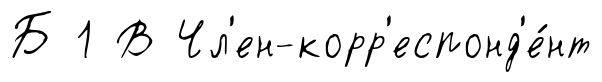
Б 1 В Чл'ен-корр'еспонд'е́нт